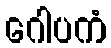
ဂေါပကံ